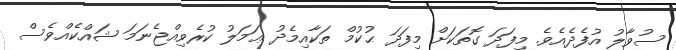
ސުވާލު އުފެދެއެވެ. މިފަދަ ގޮތަކަށް މިފަދަ ޙުކުމް ތަކާއިމެދު ޢަމަލު ކުރެވިއްޖެނަމަ ޝައްކެއްވެސް